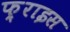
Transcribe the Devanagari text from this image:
फ़्राइस